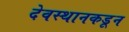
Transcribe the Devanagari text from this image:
देवस्थानकडून